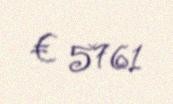
€ 5761